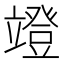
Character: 竳